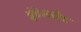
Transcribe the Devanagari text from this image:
इंटेलसैट